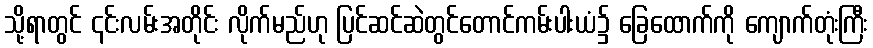
သို့ရာတွင် ၎င်းလမ်းအတိုင်း လိုက်မည်ဟု ပြင်ဆင်ဆဲတွင်တောင်ကမ်းပါးယံ၌ ခြေထောက်ကို ကျောက်တုံးကြီး